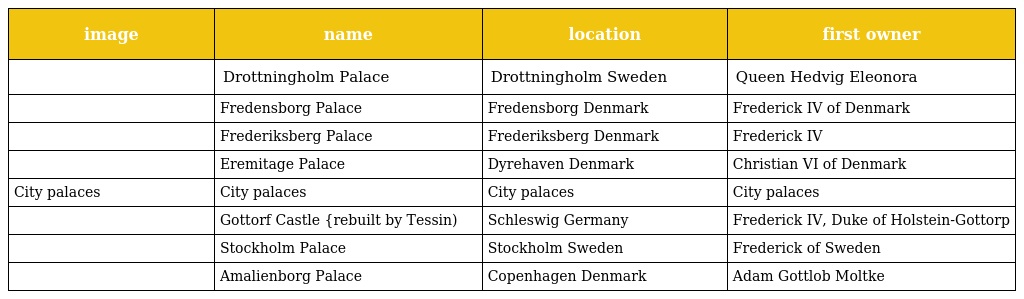
| image | name | location | first owner |
 | --- | --- | --- | --- |
 |  | Drottningholm Palace | Drottningholm Sweden | Queen Hedvig Eleonora |
 |  | Fredensborg Palace | Fredensborg Denmark | Frederick IV of Denmark |
 |  | Frederiksberg Palace | Frederiksberg Denmark | Frederick IV |
 |  | Eremitage Palace | Dyrehaven Denmark | Christian VI of Denmark |
 | City palaces | City palaces | City palaces | City palaces |
 |  | Gottorf Castle {rebuilt by Tessin) | Schleswig Germany | Frederick IV, Duke of Holstein-Gottorp |
 |  | Stockholm Palace | Stockholm Sweden | Frederick of Sweden |
 |  | Amalienborg Palace | Copenhagen Denmark | Adam Gottlob Moltke |